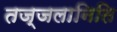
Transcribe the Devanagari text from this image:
तज्जलानिति